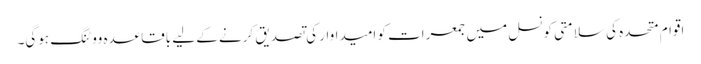
اقوام متحدہ کی سلامتی کونسل میں جمعرات کو امیداوار کی تصدیق کرنے کے لیے باقاعدہ ووٹنگ ہوگی۔